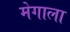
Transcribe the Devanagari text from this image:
मेगाला